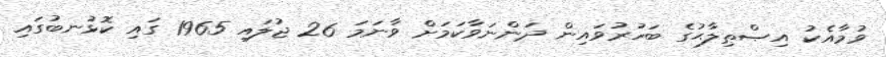
ވުމާއެކު އިޞްޠިލާޙުގެ ބަހުރުވައިން ދަންނަވާކަމަށް ވާނަމަ 26 ޖުލައި 1965 ގައި ކޮޅުނބުގައި